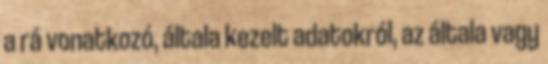
a rá vonatkozó, általa kezelt adatokról, az általa vagy